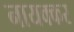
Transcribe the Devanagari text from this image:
नायक्कर